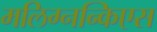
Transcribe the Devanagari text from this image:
मलिग्नन्किएस